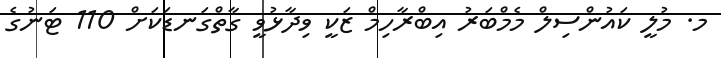
މ. މުލީ ކައުންސިލް މެމްބަރު އިބްރާހިމް ޒަކީ ވިދާޅުވީ ގާތްގަނޑަކަށް 110 ޓަނުގެ